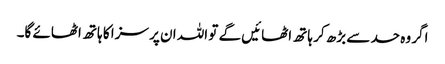
اگر وہ حد سے بڑھ کر ہاتھ اٹھائیں گے تو اللہ ان پر سزا کا ہاتھ اٹھائے گا۔